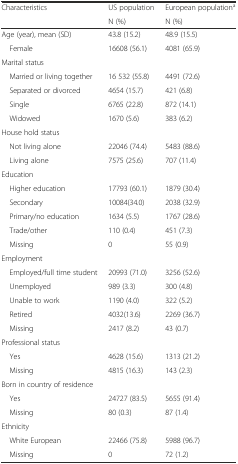
| Characteristics | US population | European populationa |
 |  | N (%) | N (%) |
 | --- | --- | --- |
 | Age (year), mean (SD) | 43.8 (15.2) | 48.9 (15.5) |
 | Female | 16608 (56.1) | 4081 (65.9) |
 | <COLSPAN=3> Marital status |
 | Married or living together | 16 532 (55.8) | 4491 (72.6) |
 | Separated or divorced | 4654 (15.7) | 421 (6.8) |
 | Single | 6765 (22.8) | 872 (14.1) |
 | Widowed | 1670 (5.6) | 383 (6.2) |
 | <COLSPAN=3> House hold status |
 | Not living alone | 22046 (74.4) | 5483 (88.6) |
 | Living alone | 7575 (25.6) | 707 (11.4) |
 | <COLSPAN=3> Education |
 | Higher education | 17793 (60.1) | 1879 (30.4) |
 | Secondary | 10084(34.0) | 2038 (32.9) |
 | Primary/no education | 1634 (5.5) | 1767 (28.6) |
 | Trade/other | 110 (0.4) | 451 (7.3) |
 | Missing | 0 | 55 (0.9) |
 | <COLSPAN=3> Employment |
 | Employed/full time student | 20993 (71.0) | 3256 (52.6) |
 | Unemployed | 989 (3.3) | 300 (4.8) |
 | Unable to work | 1190 (4.0) | 322 (5.2) |
 | Retired | 4032(13.6) | 2269 (36.7) |
 | Missing | 2417 (8.2) | 43 (0.7) |
 | <COLSPAN=3> Professional status |
 | Yes | 4628 (15.6) | 1313 (21.2) |
 | Missing | 4815 (16.3) | 143 (2.3) |
 | <COLSPAN=3> Born in country of residence |
 | Yes | 24727 (83.5) | 5655 (91.4) |
 | Missing | 80 (0.3) | 87 (1.4) |
 | <COLSPAN=3> Ethnicity |
 | White European | 22466 (75.8) | 5988 (96.7) |
 | Missing | 0 | 72 (1.2) |